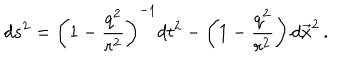
d s ^ { 2 } = \left( 1 - \frac { q ^ { 2 } } { r ^ { 2 } } \right) ^ { - 1 } d t ^ { 2 } - \left( 1 - \frac { q ^ { 2 } } { r ^ { 2 } } \right) d \vec { x } ^ { 2 } \, .